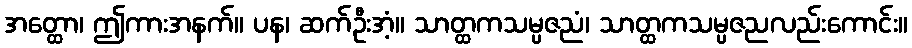
အတ္ထော၊ ဤကားအနက်။ ပန၊ ဆက်ဦးအံ့။ သာတ္ထကသမ္ပဇညံ၊ သာတ္ထကသမ္ပဇညလည်းကောင်း။